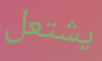
يشتعل